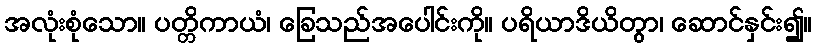
အလုံးစုံသော။ ပတ္တိကာယံ၊ ခြေသည်အပေါင်းကို။ ပရိယာဒိယိတွာ၊ ဆောင်နှင်း၍။